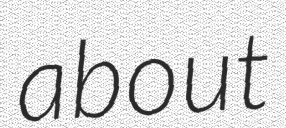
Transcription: about